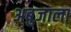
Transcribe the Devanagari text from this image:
अबुजाला